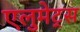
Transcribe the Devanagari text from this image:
एलुमेट्स